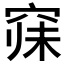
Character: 𱷁